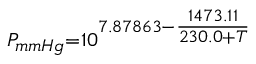
\scriptstyle P _ { m m H g } = 1 0 ^ { 7 . 8 7 8 6 3 - { \frac { 1 4 7 3 . 1 1 } { 2 3 0 . 0 + T } } }